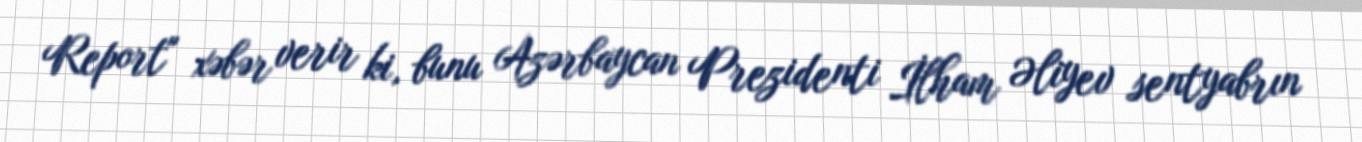
Report" xəbər verir ki, bunu Azərbaycan Prezidenti İlham Əliyev sentyabrın